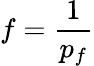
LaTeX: f=\frac{1}{p_{f}}